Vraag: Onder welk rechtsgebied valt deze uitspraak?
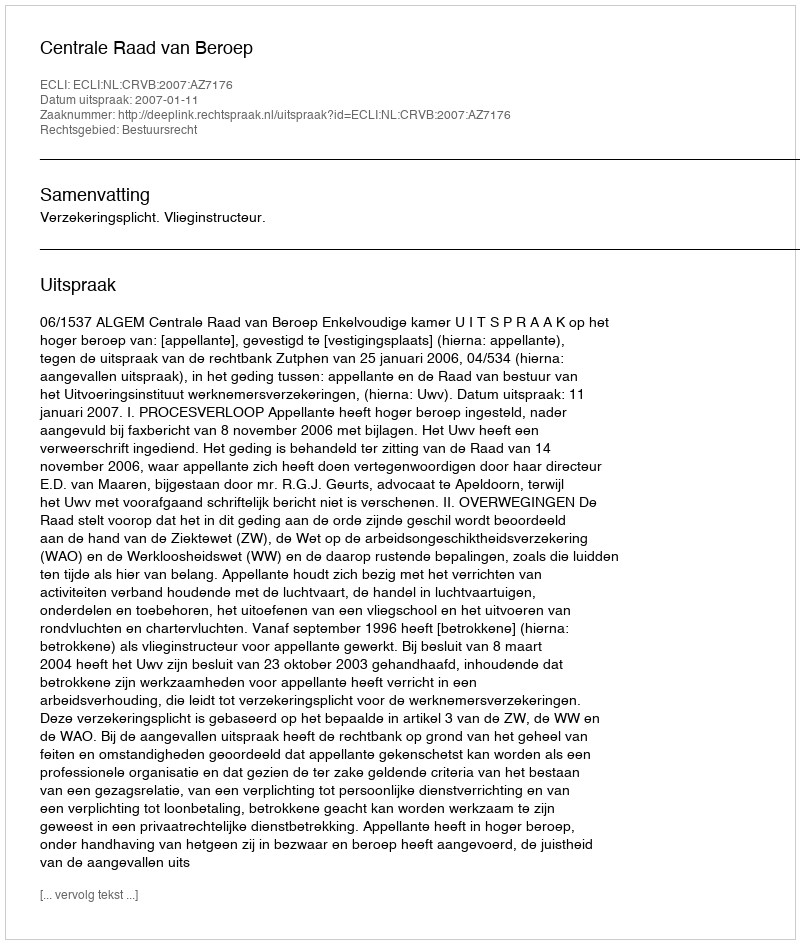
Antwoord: Bestuursrecht